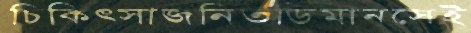
চিকিৎসাজনিতডিমানসেই